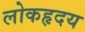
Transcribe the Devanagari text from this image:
लोकहृदय